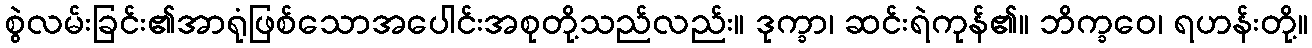
စွဲလမ်းခြင်း၏အာရုံဖြစ်သောအပေါင်းအစုတို့သည်လည်း။ ဒုက္ခာ၊ ဆင်းရဲကုန်၏။ ဘိက္ခဝေ၊ ရဟန်းတို့။